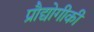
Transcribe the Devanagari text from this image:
प्रौद्योगीकी